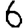
Digit: 6